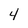
Character: 4